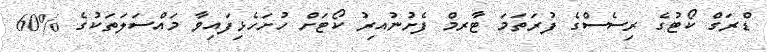
ޑްރަގް ކޯޓުގެ ރިސެސްގެ ފުރަތަމަ ޓާރމް ފެށުނުއިރު ކޯޓަށް ހުށަހެޅިފައިވާ މައްސަލަތަކުގެ %60